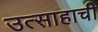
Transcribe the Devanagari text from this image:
उत्साहाची